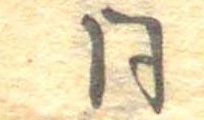
同